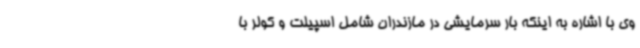
وی با اشاره به اینکه بار سرمایشی در مازندران شامل اسپیلت و کولر با